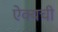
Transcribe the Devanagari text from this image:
ऐक्यची